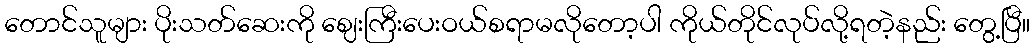
တောင်သူများ ပိုးသတ်ဆေးကို ဈေးကြီးပေးဝယ်စရာမလိုတော့ပါ ကိုယ်တိုင်လုပ်လို့ရတဲ့နည်း တွေ့ပြီ။